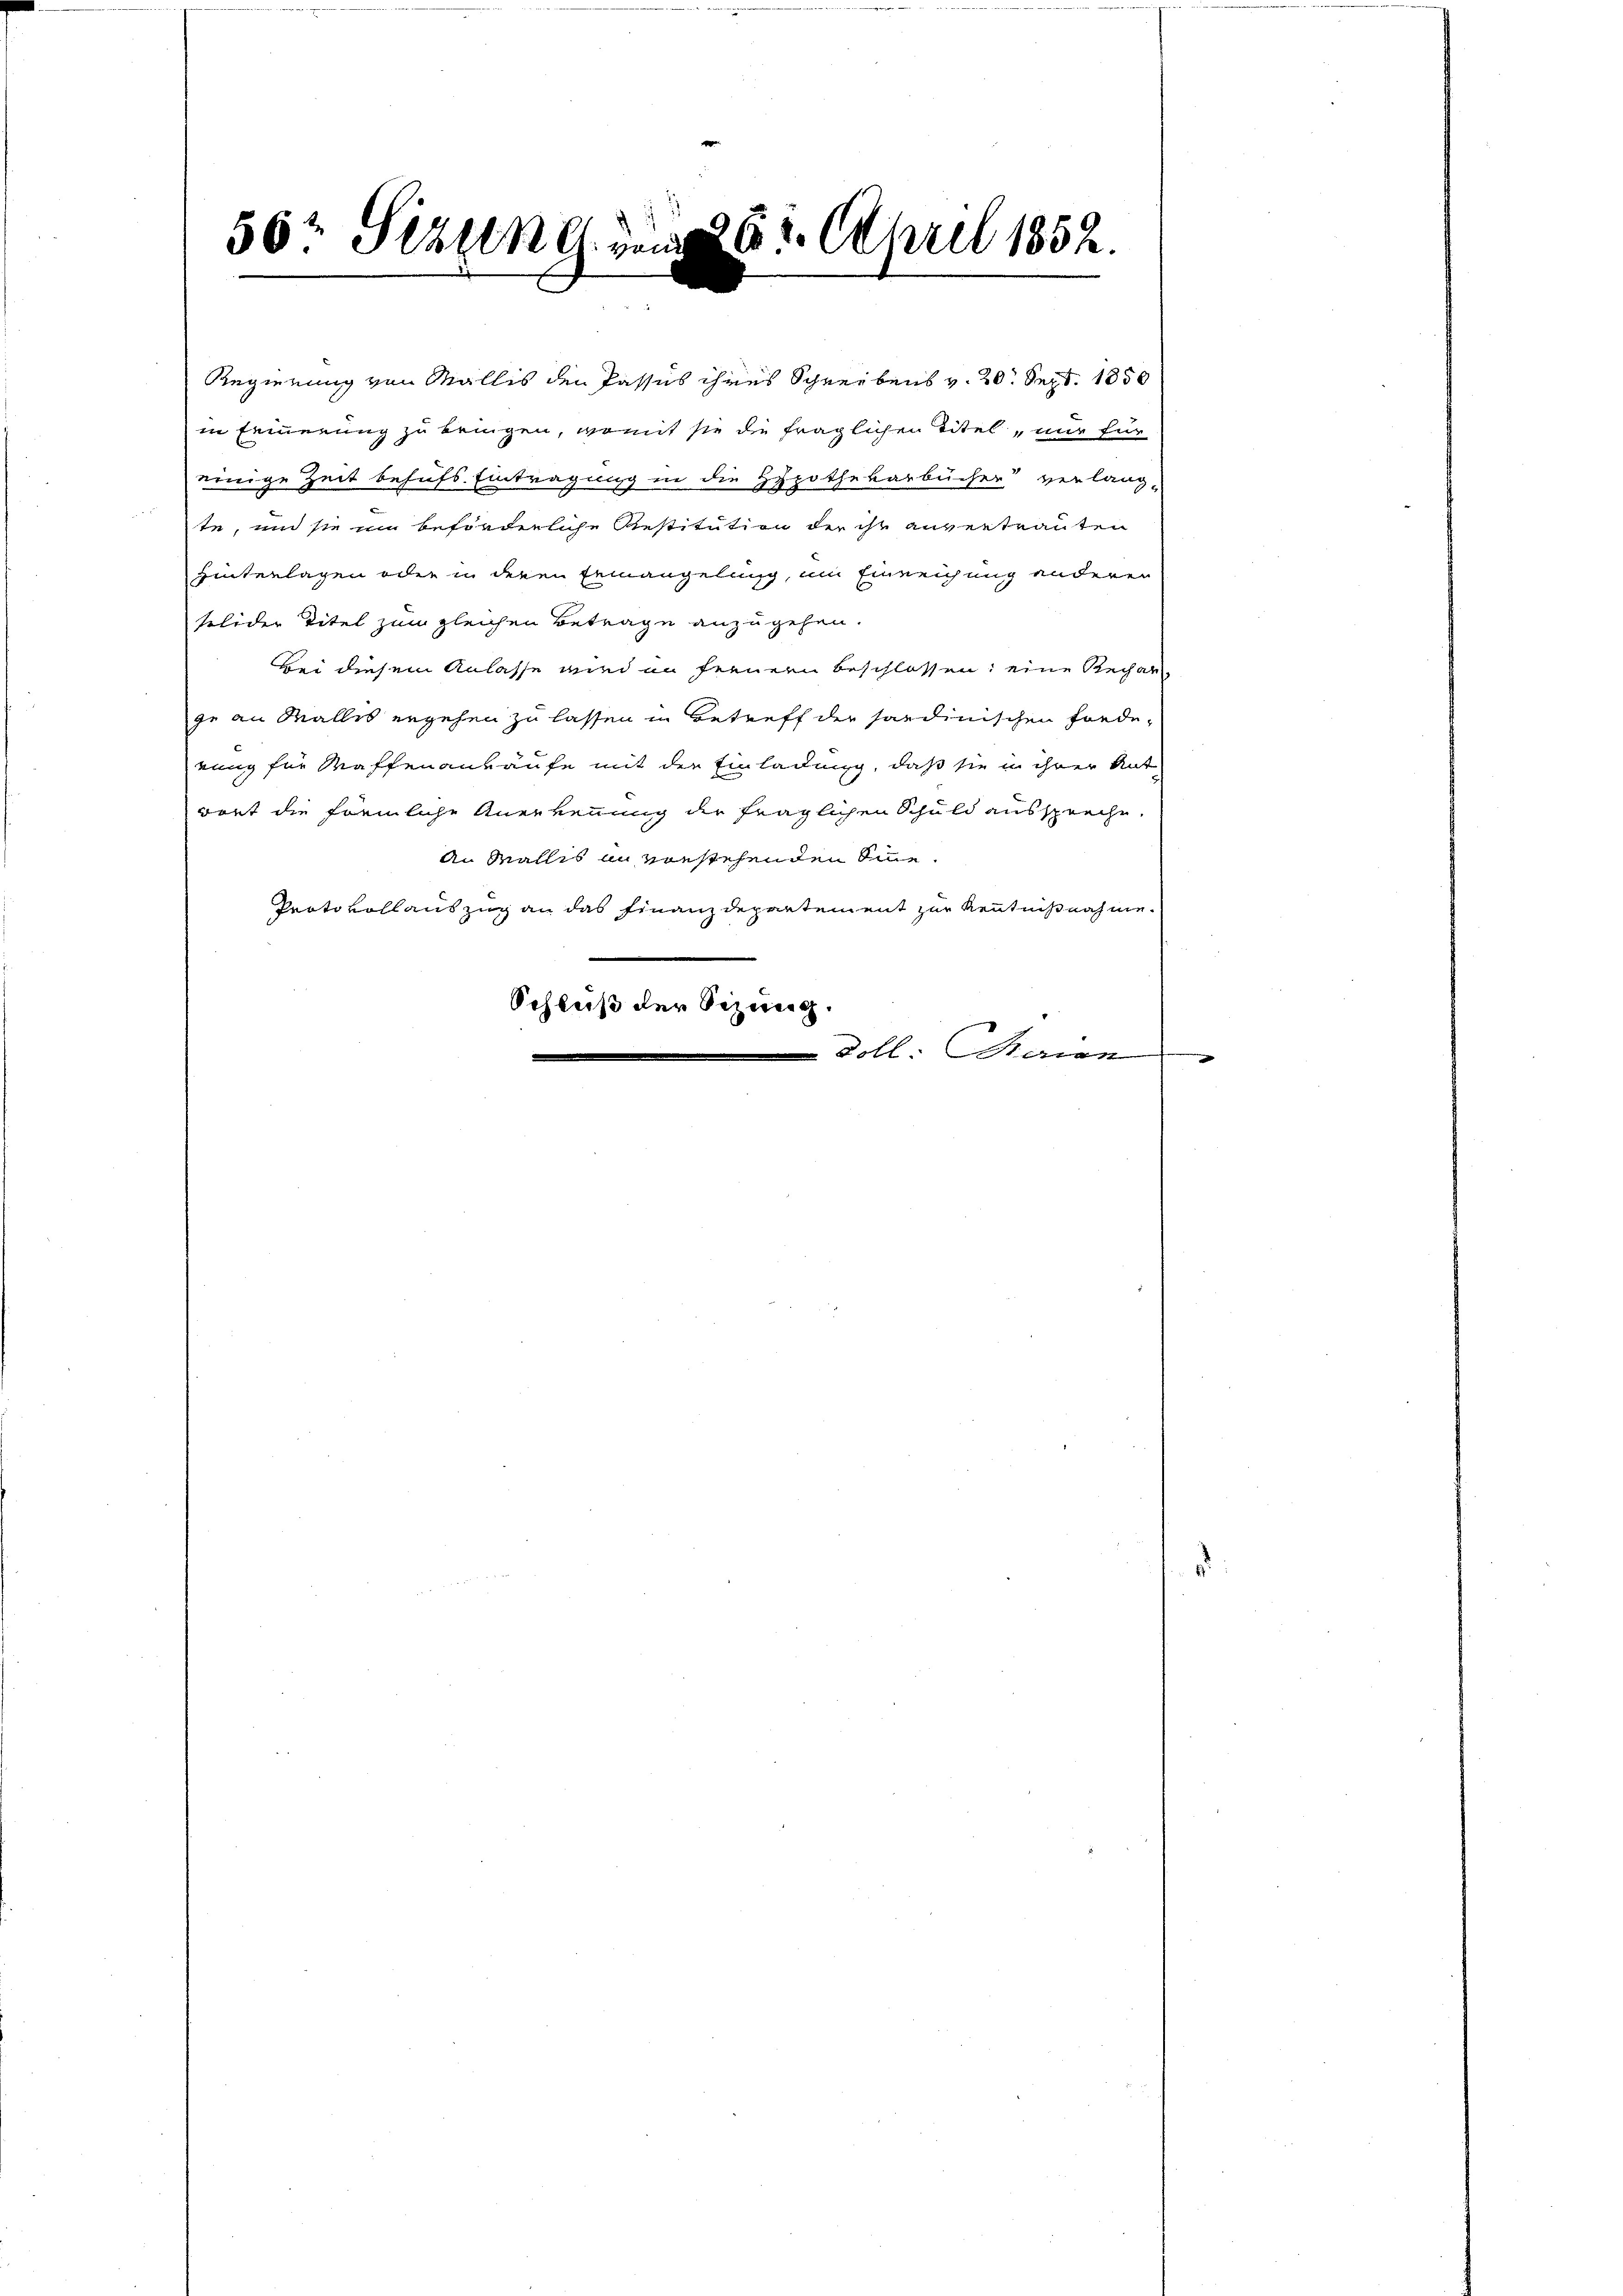
56t Sizung von 126. April 1852.

Regierung von Wallis den Passus ihres Schreibens v. 20. Sept. 1850
in Erinnerung zu bringen, womit sie die fraglichen Titel, nur für
einige Zeit behufs Eintragung in die Hypothekarbücher verlang-
te, und sie im beförderliche Restitution der ihr anvertrauten
Hinterlagen oder in deren Ermangelung, um Einreichung anderer
solider Titel zum gleichen Betrage anzugehen.
bei diesem Anlasse wird an fernern beschlossen; eine Rechen,
ge an Malles ergehen zu lassen in Betreff der sardinischen Forde-
rung für Maffenankäufe mit der Einladung, daß sie in ihrer Ant
rort die förmliche Anerkennung der fraglichen Schuld ausspreche.
An Wallis in vorstehenden Sinne.
Protokollauszug an das Finanzdepartement zur Kenntnißnahme.
Schluß der Sizung.
 Doll: Baron